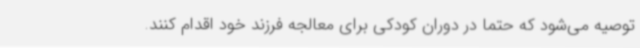
توصیه می‌شود که حتماً در دوران کودکی برای معالجه فرزند خود اقدام کنند.